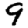
Digit: 9